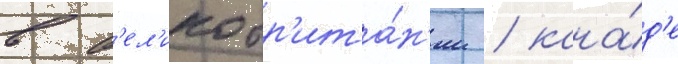
в в'ел'икобр'ита́н'ии / кана́д'е